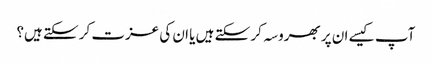
آپ کیسے ان پر بھروسہ کر سکتے ہیں یا ان کی عزت کر سکتے ہیں؟